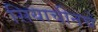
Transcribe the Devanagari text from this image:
सियाचीनचे